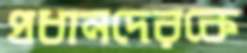
প্রধানদেরকে